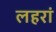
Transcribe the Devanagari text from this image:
लहरां